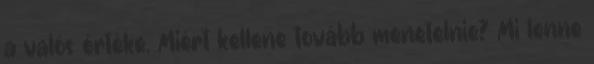
a valós értéke. Miért kellene tovább menetelnie? Mi lenne